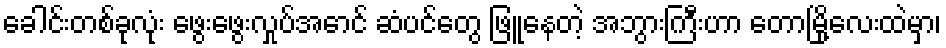
ခေါင်းတစ်ခုလုံး ဖွေးဖွေးလှုပ်အောင် ဆံပင်တွေ ဖြူနေတဲ့ အဘွားကြီးဟာ တောမြို့လေးထဲမှာ၊